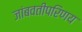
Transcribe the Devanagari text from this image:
जांबवतीपरिणय